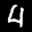
Label: 4